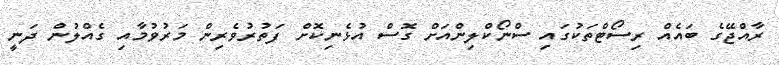
ރާއްޖޭގެ ބައެއް ރިސޯޓްތަކުގައި ސްނޯކްލިންއަށް ގޮސް އުޅެނިކޮށް ފަތުރުވެެރިން މަރުވުމާއި ގެއްލުން ދަނީ